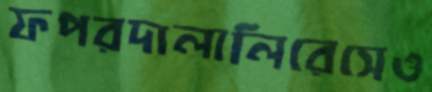
ফপরদালালিরেসেও